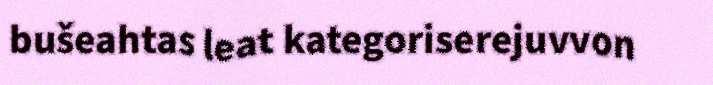
bušeahtas leat kategoriserejuvvon